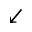
\swarrow